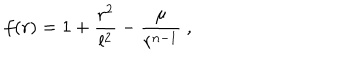
f ( r ) = 1 + \frac { r ^ { 2 } } { l ^ { 2 } } - \frac { \mu } { r ^ { n - 1 } } ~ ,